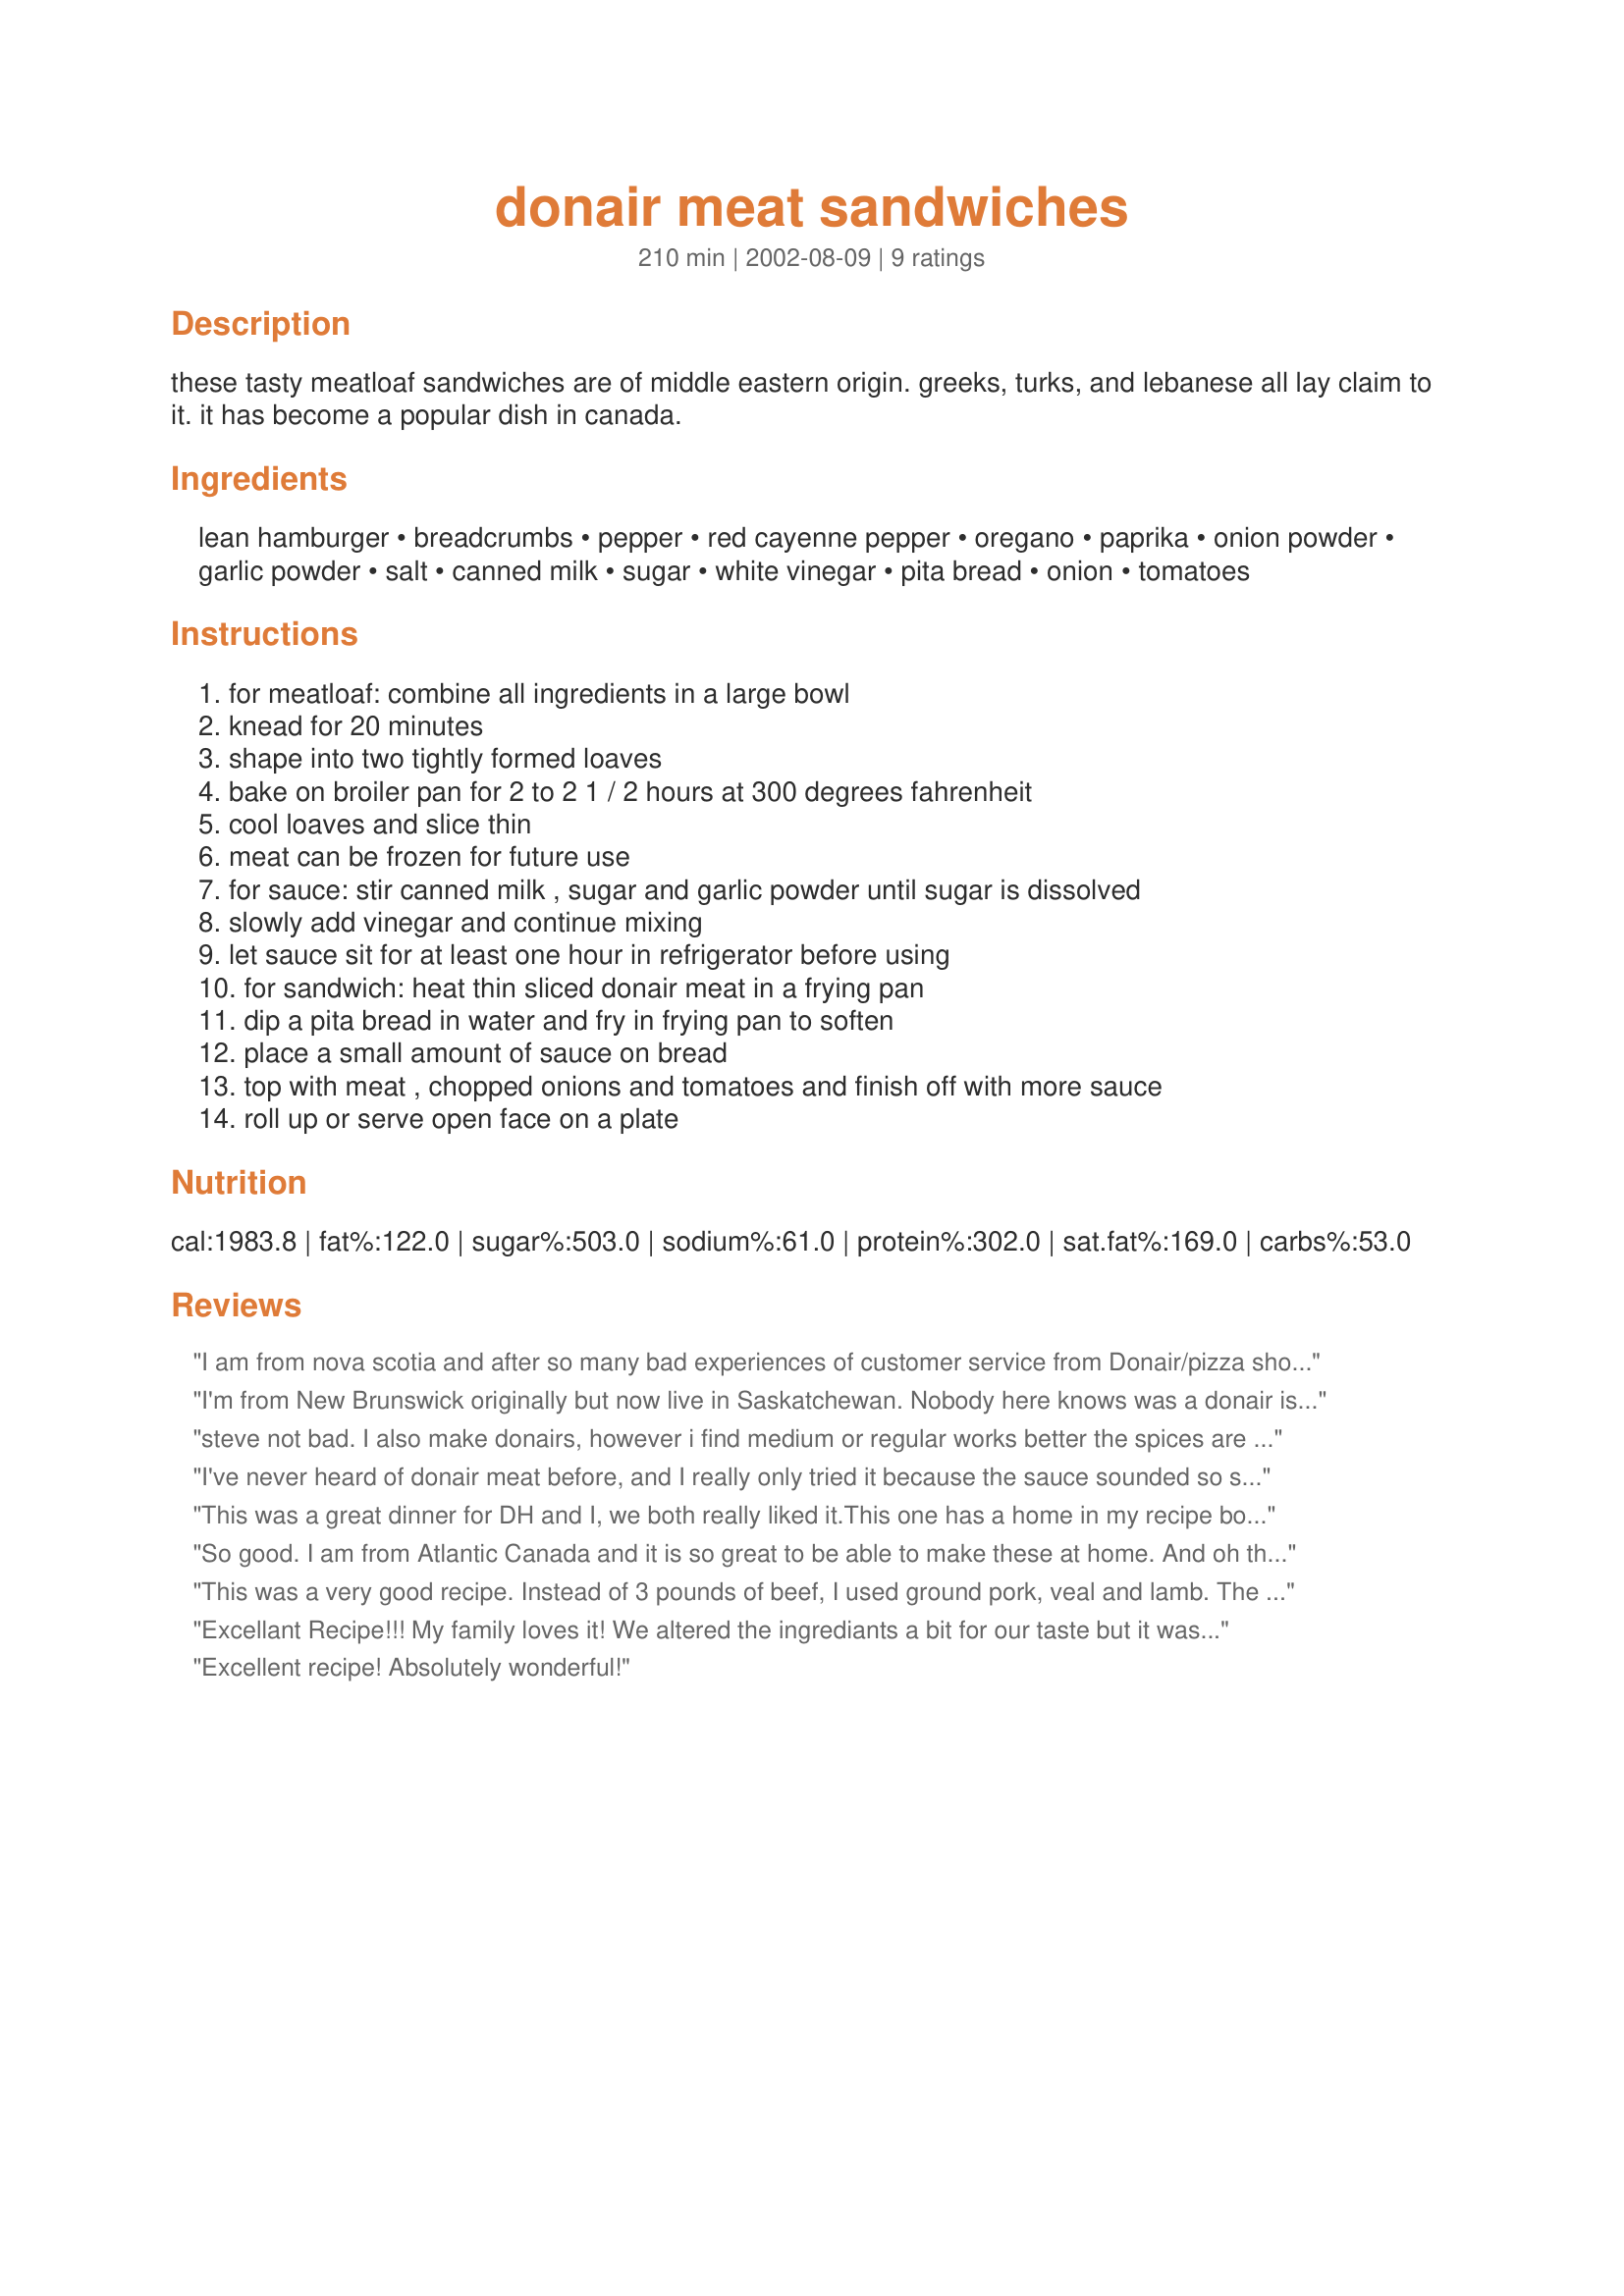
donair meat sandwiches
Preparation time: 210 minutes

these tasty meatloaf sandwiches are of middle eastern origin. greeks, turks, and lebanese all lay claim to it. it has become a popular dish in canada.

Ingredients:
lean hamburger, breadcrumbs, pepper, red cayenne pepper, oregano, paprika, onion powder, garlic powder, salt, canned milk, sugar, white vinegar, pita bread, onion, tomatoes

Steps:
for meatloaf: combine all ingredients in a large bowl, knead for 20 minutes, shape into two tightly formed loaves, bake on broiler pan for 2 to 2 1 / 2 hours at 300 degrees fahrenheit, cool loaves and slice thin, meat can be frozen for future use, for sauce: stir canned milk , sugar and garlic powder until sugar is dissolved, slowly add vinegar and continue mixing, let sauce sit for at least one hour in refrigerator before using, for sandwich: heat thin sliced donair meat in a frying pan, dip a pita bread in water and fry in frying pan to soften, place a small amount of sauce on bread, top with meat , chopped onions and tomatoes and finish off with more sauce, roll up or serve open face on a plate

Reviews:
I am from nova scotia and after so many bad experiences of customer service from Donair/pizza shops here and paying 20 dollars a meal for something i love, i tried this recipe, and it turned out so amazing, we made 3 loaves and i have so much meat in my freezer now that whenever the craving hits i can just fry it up a bit and make some sauce and have one. Thanks for much for this recipe!!
I'm from New Brunswick originally but now live in Saskatchewan. Nobody here knows was a donair is, so I went searching for a good donair recipe. I found this one and tried it the other day. WOW! It was so good! Just like the donairs back home! Hubby loved it too! We'll be making this alot more often. Can't wait to make donair pizza now. :) Thanks for posting!
steve not bad. I also make donairs, however i find medium or regular works better the spices are carried through the meat via the fat content.Also try adding 1/2 tsp per pound of italian seasoning
I've never heard of donair meat before, and I really only tried it because the sauce sounded so strange to me. But WOW, is this good! I am a spicy-foods wuss, so I only used 1 tsp. cayenne; i was tempted to cut it to 1/2 tsp, but after trying it, I think it could use the full 2 teaspoons. The sauce definitely makes the sandwich, though I did add more vinegar and a dash of salt to mine. I work a hectic schedule, and something like this, which can be frozen and prepared in individual batches, is perfect for me. Thanks for the recipe!
This was a great dinner for DH and I, we both really liked it.This one has a home in my recipe book and will be enjoyed many times, I'm sure. Thanks for posting :) Harmony
So good. I am from Atlantic Canada and it is so great to be able to make these at home. And oh the aroma when baking. You can also fry the meat, put on a baked pizza shell with some sliced pepperoni and top with shredded mozzarella, chopped tomatoes and chopped onions. After baking, drizzle with the sauce, and a little shredded lettuce Or, split a hoagie roll, layer inside fried meat, sliced pepperoni, chopped onion, chopped tomato, shredded mozzarella, and sauce. Keep cut end of roll up and surround with tin foil, but leave top open. Bake at 350 degrees for 10-15 minutes until heated. Now it's a donair oven sub!!!
This was a very good recipe. Instead of 3 pounds of beef, I used ground pork, veal and lamb. The meatloaf part was extremely easy to prepare, and turned out great. Instead of cutting it in thin slices, I cut each loaf in three and froze those parts separately. (A few days later&#8230;) After defrosting them in the microwave for about a minute, they were very easy to cut into thin slices. I then heated those on a frying pan. This is definitely a keeper, and I'm extremely delighted to have found this recipe. I was able to make 2 decent sized sandwiches with the 1/3 of a loaf. As a student, this is perfect: great taste, a change from the ordinary, very fast and easy to have a meal ready from frozen and it gives me a lot of meals. (in my case, 6) Thanks again 1Steve!
Excellant Recipe!!! My family loves it! We altered the ingrediants a bit for our taste but it was great. Instead of kneading for 20 mins we stuck it in a food mixer on high and it made it the same texture as real Donair meat!
Excellent recipe! Absolutely wonderful!
